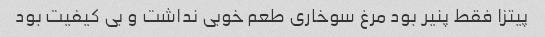
پیتزا فقط پنیر بود مرغ سوخاری طعم خوبی نداشت و بی کیفیت بود